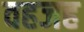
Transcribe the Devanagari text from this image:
वहजह